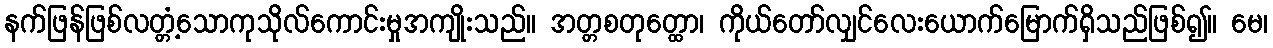
နက်ဖြန်ဖြစ်လတ္တံ့သောကုသိုလ်ကောင်းမှုအကျိုးသည်။ အတ္တစတုတ္ထော၊ ကိုယ်တော်လျှင်လေးယောက်မြောက်ရှိသည်ဖြစ်၍။ မေ၊